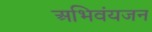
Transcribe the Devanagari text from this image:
अभिवंयजन